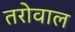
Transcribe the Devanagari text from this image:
तरोवाल